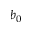
b _ { 0 }